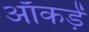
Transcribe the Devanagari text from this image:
आँकड़ें